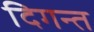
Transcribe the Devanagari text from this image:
दिगन्‍त